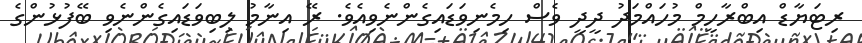
ރިޓަޔާޑް އިބްރާހީމް މުހައްމަދު ދީދީ ވެސް ހިމެނިވަޑައިގެންނެވިއެެވެ. ރޭ އިނާމު ލިބިވަޑައިގެންނެވި ބޭފުޅުންގެ